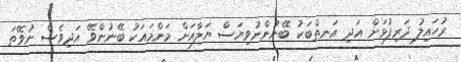
ރުހައިލު ދަރިފުޅަށް އަދި އަނތްބަކު ބޭނުންނުވިޔަސް ޔަލާއަށް މަންމައަކު ބޭނުންވޭ އަދިވެސް ނުވޭތަ